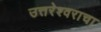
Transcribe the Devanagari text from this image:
उत्तरेश्वराचा